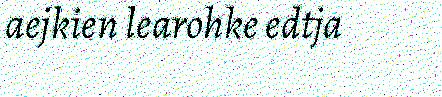
aejkien learohke edtja